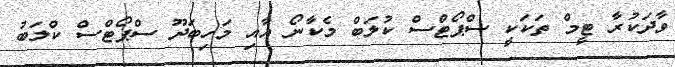
ވާދަކުރާ ޓީމް ތަކަކީ ސްޕޯޓްސް ކުލަބް މެކާނޯ އާއި މަހިބަދޫ ސްޕޯޓްސް ކްލަބު